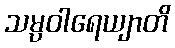
သမ္ပဝါရေယျာတိ